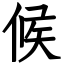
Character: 候